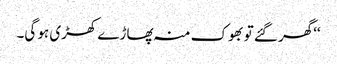
‘‘گھر گئے تو بھوک منہ پھاڑے کھڑی ہو گی۔